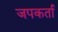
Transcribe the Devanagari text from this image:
जपकर्ता